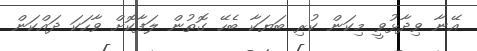
އޭނާ ވިދާޅުވީ މިކަން ކުރި ބަޔަކާ ބެހޭ ގޮތުން ލަފާކޮށް ވާހަކަ ދައްކަން